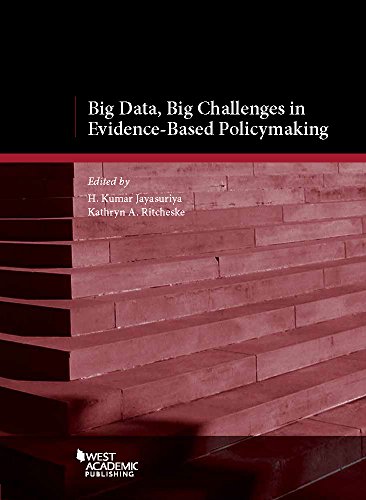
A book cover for Big Data, Big Challenges in Evidence-Based Policy Making (American Casebook Series); H. Kumar Jayasuriya; Computers & Technology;